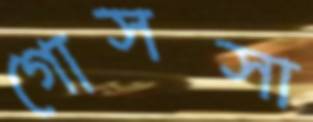
গোসসা